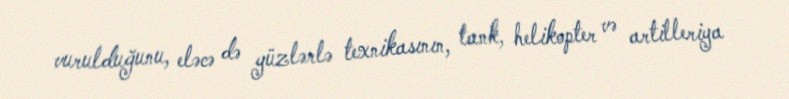
vurulduğunu, eləcə də yüzlərlə texnikasının, tank, helikopter və artilleriya